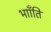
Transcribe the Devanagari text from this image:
भााँति